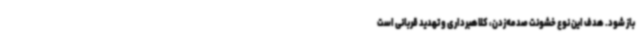
باز شود. هدف این نوع خشونت صدمه‌زدن، کلاهبرداری و تهدید قربانی است